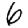
Digit: 6